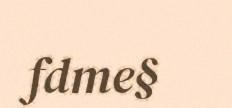
fdme§